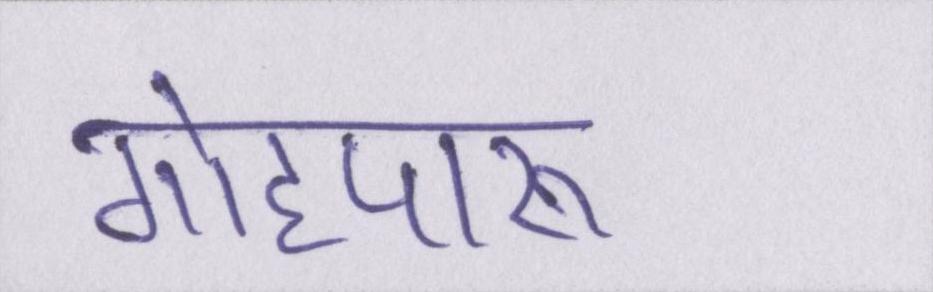
गोहपारू